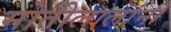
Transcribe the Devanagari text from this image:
मोतीलालांनी